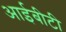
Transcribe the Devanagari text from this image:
आईबीटी